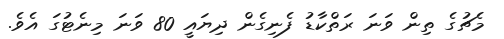
މެޗުގެ ތިން ވަނަ ރަތްކާޑު ފެނިގެން ދިޔައީ 80 ވަނަ މިނެޓުގަ އެވެ.